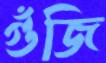
গুঁজি